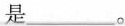
是___。